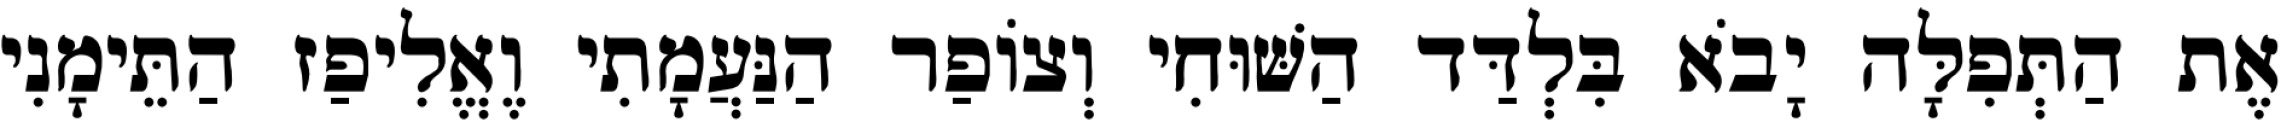
אֶת הַתְּפִלָּה יָבֹא בִּלְדַּד הַשּׁוּחִי וְצוֹפַר הַנַּעֲמָתִי וֶאֱלִיפַז הַתֵּימָנִי